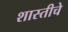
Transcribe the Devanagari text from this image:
शास्तीचे